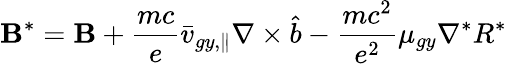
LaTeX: \textbf{B}^{*}=\textbf{B}+\frac{mc}{e}\bar{v}_{gy,\parallel}\nabla\times\hat{b}-\frac{mc^{2}}{e^{2}}\mu_{gy}\nabla^{*}R^{*}